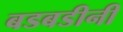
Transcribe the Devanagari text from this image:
बडबडीनी